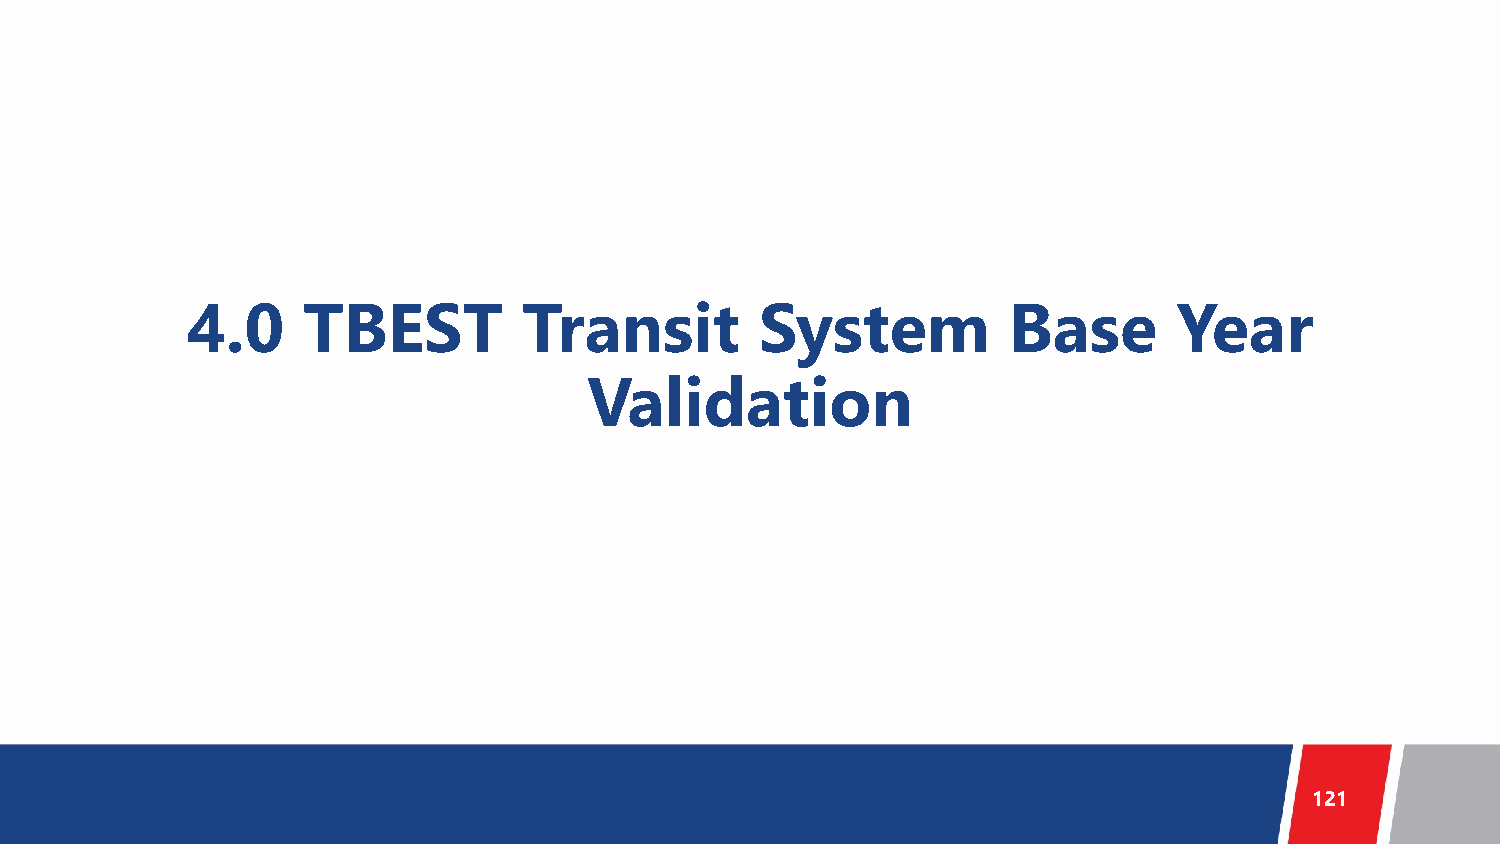
4.0     TBEST          Transit        System           Base       Year
 Validation
 121